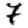
Digit: 7